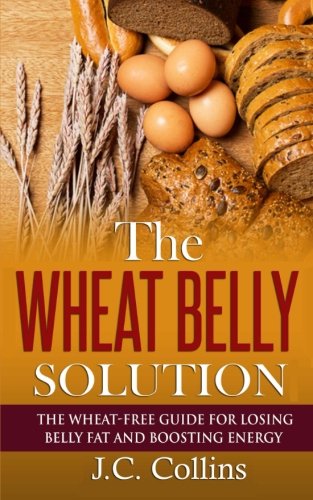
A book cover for The Wheat Belly Solution: The Wheat-Free Guide for Losing Belly Fat and Boosting Energy; J.C. Collins; Health, Fitness & Dieting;